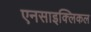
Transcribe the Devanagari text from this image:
एनसाइक्लिकल